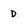
Character: D